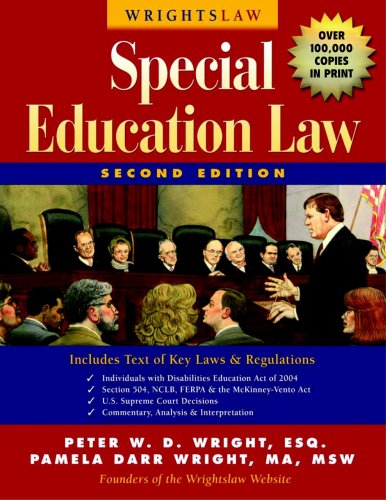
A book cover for Wrightslaw: Special Education Law, 2nd Edition; Peter W. D. Wright and Pamela Darr Wright; Law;